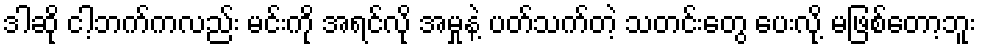
ဒါဆို ငါ့ဘက်ကလည်း မင်းကို အရင်လို အမှုနဲ့ ပတ်သက်တဲ့ သတင်းတွေ ပေးလို့ မဖြစ်တော့ဘူး